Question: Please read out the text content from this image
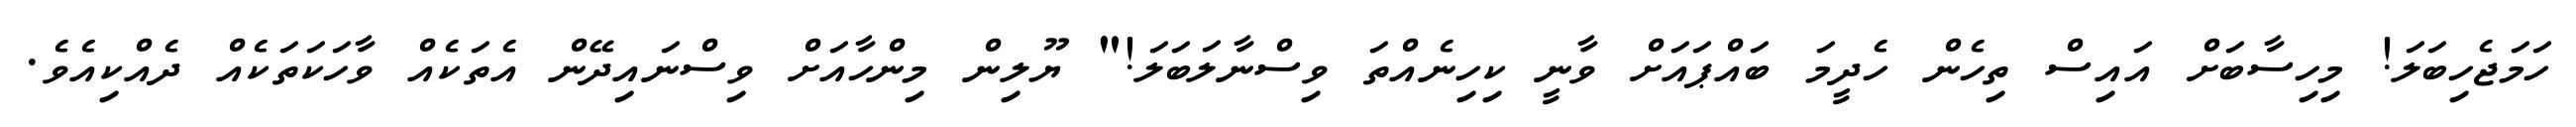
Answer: ހަމަޖެހިބަލަ! މިހިސާބަށް އައިސް ތިހެން ހެދީމަ ބައްޕައަށް ވާނީ ކިހިނެއްތަ ވިސްނާލަބަލަ!" ޔޫލިން މިންހާއަށް ވިސްނައިދޭން އެތަކެއް ވާހަކަތަކެއް ދެއްކިއެވެ.